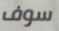
سوف